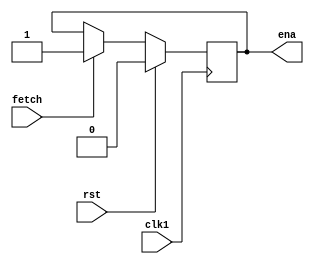
`timescale 1ns/1ns
module machinect(ena,fetch,rst,clk1);
input fetch,rst,clk1;
output ena;
reg ena;
reg state;

always@(posedge clk1)
	begin
		if(rst)
			begin
				ena<=0;
			end
		else
			if(fetch)
			begin
			ena<=1;
		end
	end
endmodule